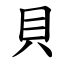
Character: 貝